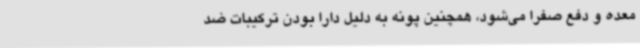
معده و دفع صفرا می‌شود، همچنین پونه به دلیل دارا بودن ترکیبات ضد